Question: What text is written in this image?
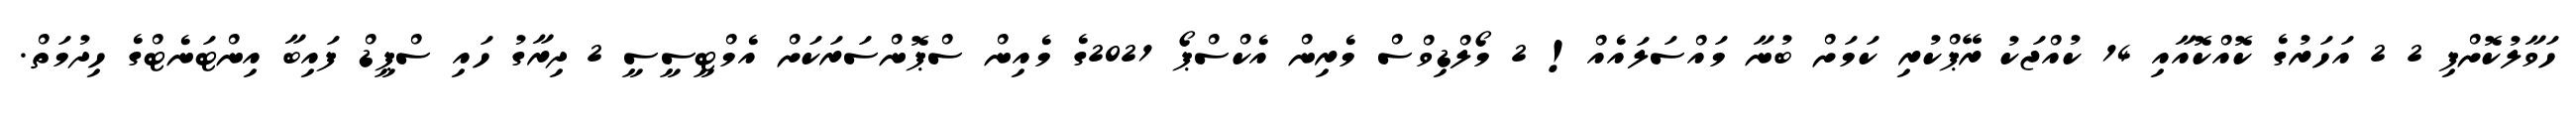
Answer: ހަވާލުކޮށްފި 2 2 އަހަރުގެ ކޮއްކޮއާއި 14 ކުއްޖަކު ރޭޕްކުރި ކަމަށް ބުނާ މައްސަލައެއް! 2 މޯލްޑިވްސް މެރިން އެކްސްޕޯ 2021ގެ މެއިން ސްޕޮންސަރަކަށް އެމްޓީސީސީ 2 ދިރާގު ހައި ސްޕީޑް ފައިބާ އިންޓަނެޓްގެ ހިދުމަތް.